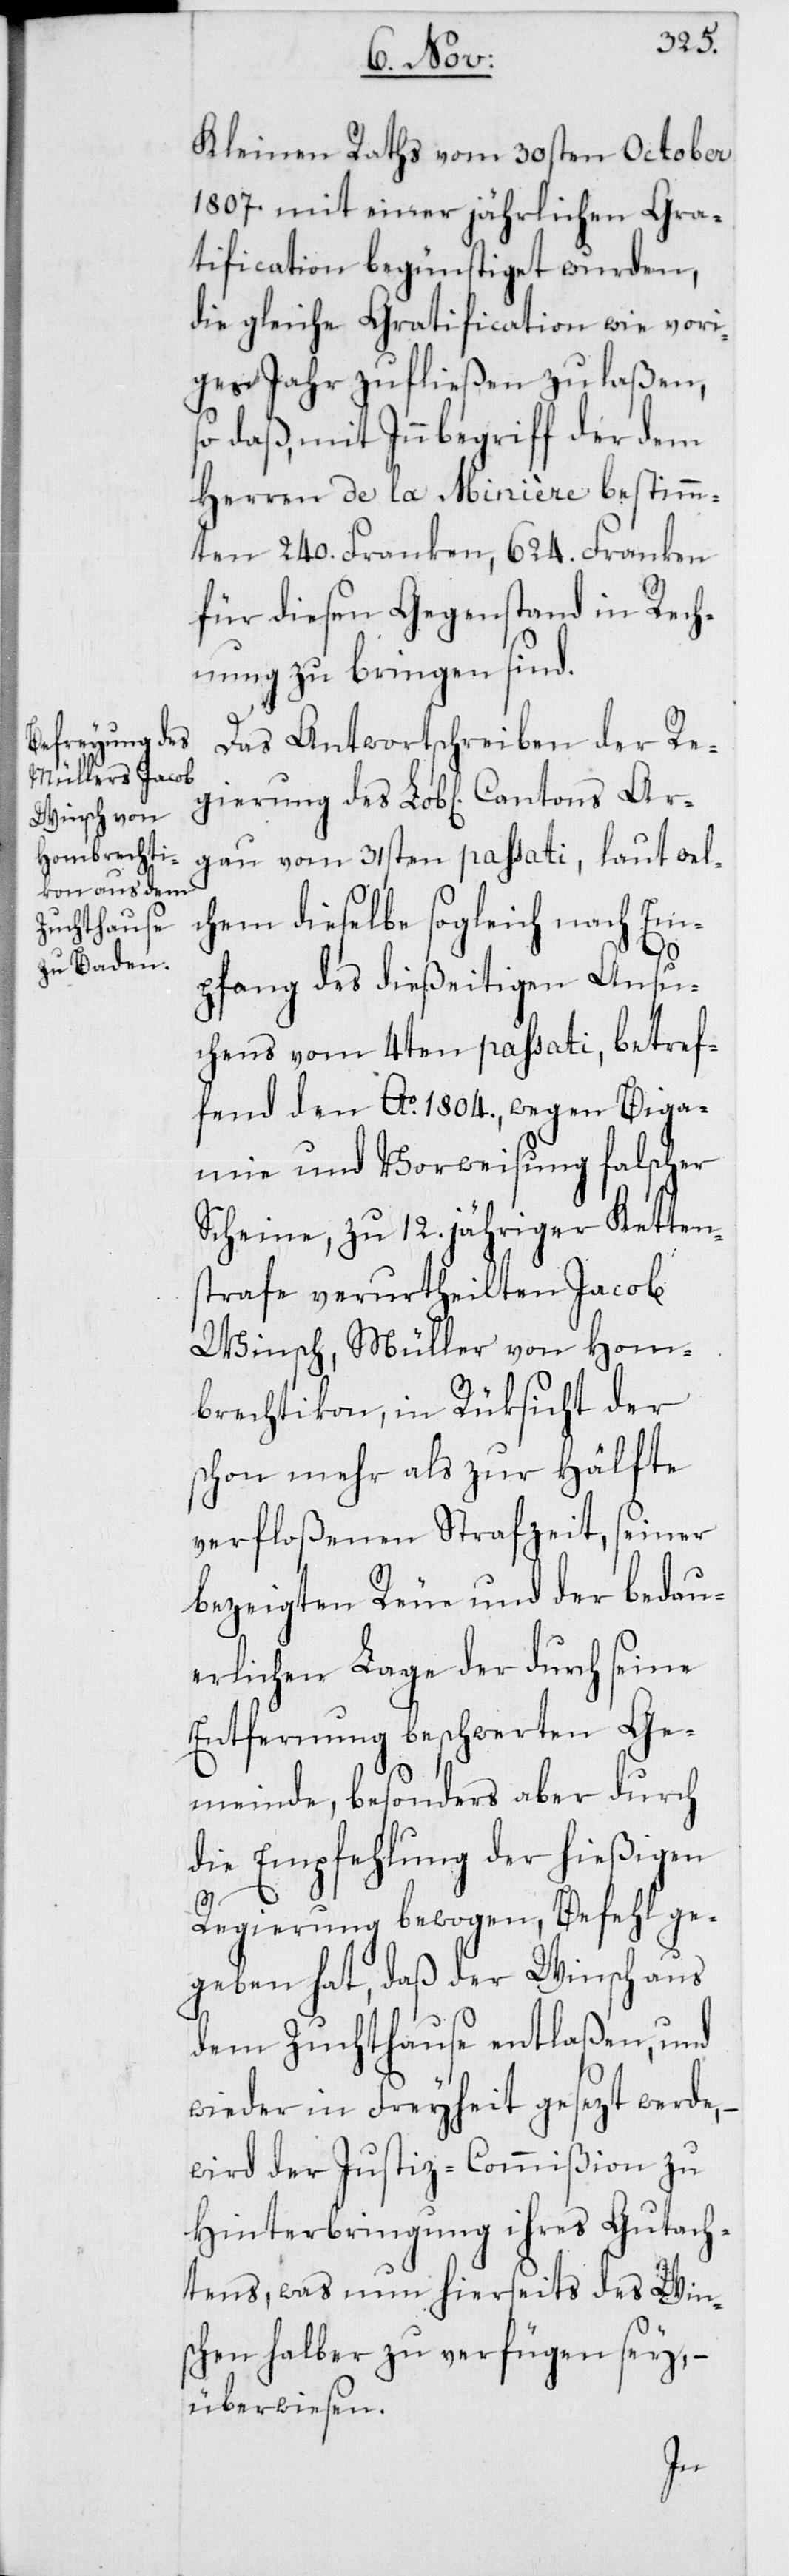
ierung des

Kleinen Raths vom 30sten October
1807. mit einer jährlichen Gra¬
tification begünstiget wurden,
die gleiche Gratification wie vori¬
ges Jahr zufließen zu laßen,
so daß, mit Innbegriff der dem
Herren de la Minière bestimm¬
ten 240. Franken, 624. Franken
für diesen Gegenstand in Rech¬
nung zu bringen sind.
Das Antwortschreiben der Reg¬
gau vom 31sten passati, laut wel¬
chem dieselbe sogleich nach Em¬
pfang des dießeitigen Ansu¬
chens vom 4ten passati, betref¬
fend den Ao 1804., wegen Biga¬
mie und Vorweisung falscher
Scheine, zu 12. jähriger Ketten¬
strafe verurtheilten Jacob
Winsch, Müller von Hom¬
brechtikon, in Rüksicht der
schon mehr als zur Hälfte
verfloßenen Strafzeit, seiner
bezeigten Reue und der bedau¬
erlichen Lage der durch seine
Entfernung beschwerten Ge¬
meinde, besonders aber durch
die Empfehlung der hießigen
Regierung bewogen, Befehl ge¬
geben hat, daß der Winsch aus
dem Zuchthause entlaßen, und
wieder in Freyheit gesezt werde,
wird der Justiz-Commißion zu
Hinterbringung ihres Gutach¬
tens, was nun hierseits des Wins¬
chen halber zu verfügen sey, –
überwiesen.
Ar¬